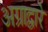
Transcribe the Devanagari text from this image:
अग्राद्वारे